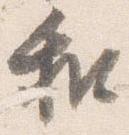
和